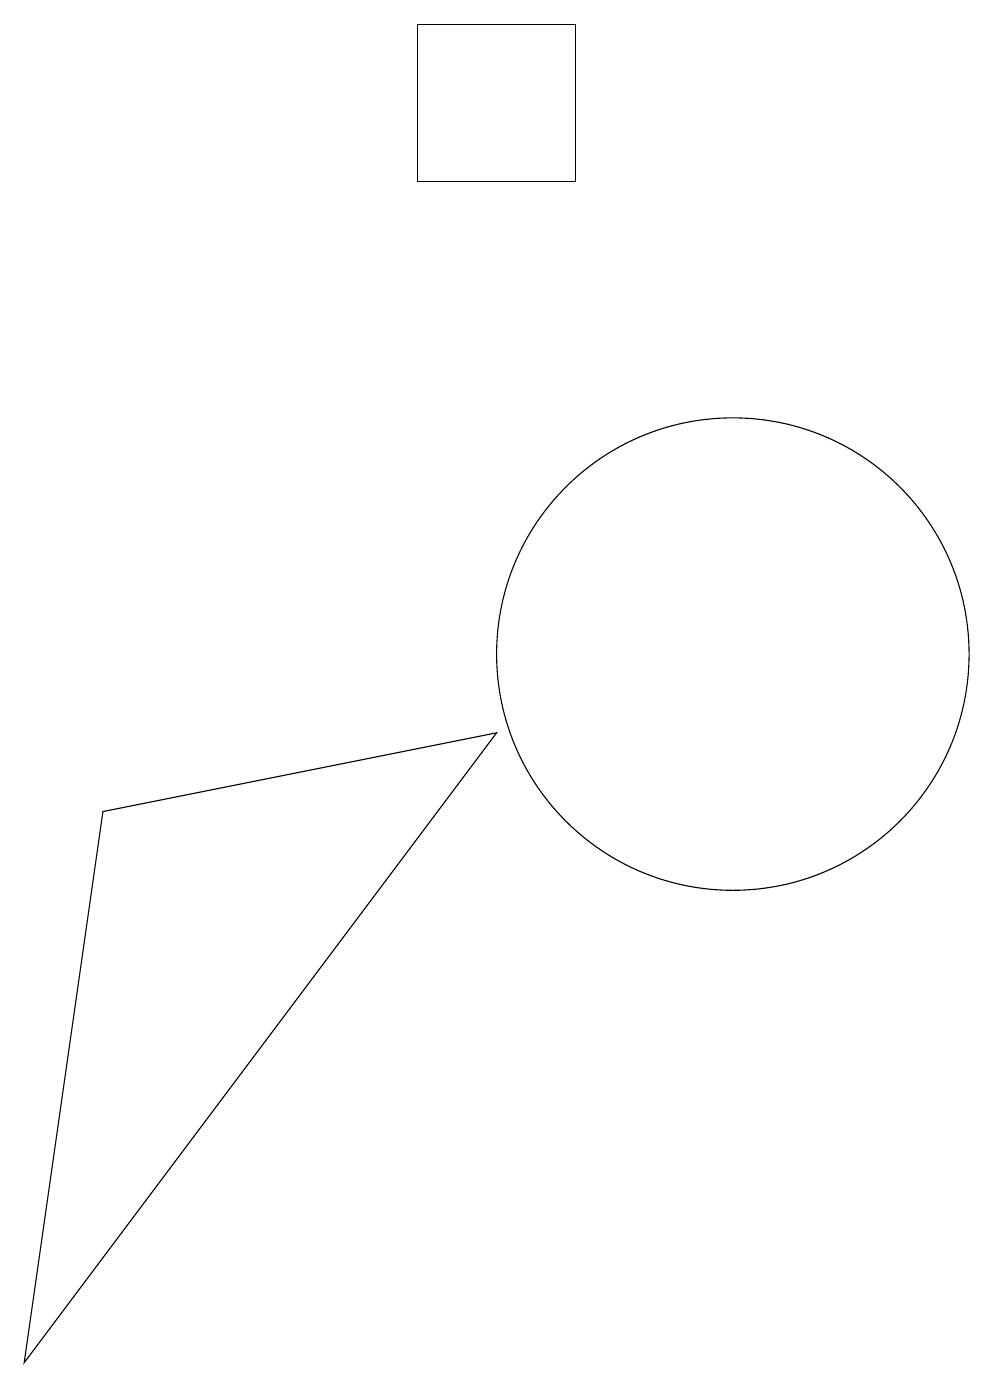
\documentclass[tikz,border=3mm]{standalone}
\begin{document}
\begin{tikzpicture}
\draw (8,9) -- (2,1) -- (3,8) -- cycle;
\draw (11,10) circle (3);
\draw (9,16) rectangle (7,18);
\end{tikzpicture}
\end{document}